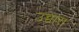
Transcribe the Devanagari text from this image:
उच्चारा